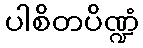
ပါစိတပိဏ္ဍံ